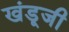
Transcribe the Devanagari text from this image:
खंडूजी